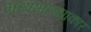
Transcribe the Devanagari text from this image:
महाभाष्याकार